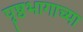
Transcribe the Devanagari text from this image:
पॄष्ठभागाच्या